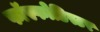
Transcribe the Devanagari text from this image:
फॉस्फोडिस्टर